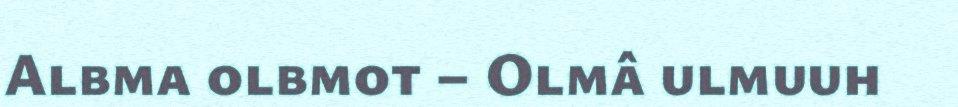
Albma olbmot – Olmâ ulmuuh